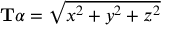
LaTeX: \mathbf { T } \alpha = { \sqrt { x ^ { 2 } + y ^ { 2 } + z ^ { 2 } } }